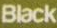
Black